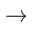
\rightarrow